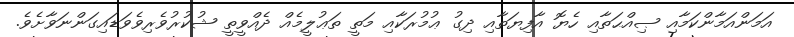
އަމަންއަމާންކަމާއި ޞިއްޙަތާއި ހެޔޮ އާފިޔަތާއި ދިގު ޢުމުރަކާއި މަތީ ތަޢުލީމެއް ދެއްވީތީ ޝުކުރުވެރިވެވަޑައިގަންނަވާށެވެ.